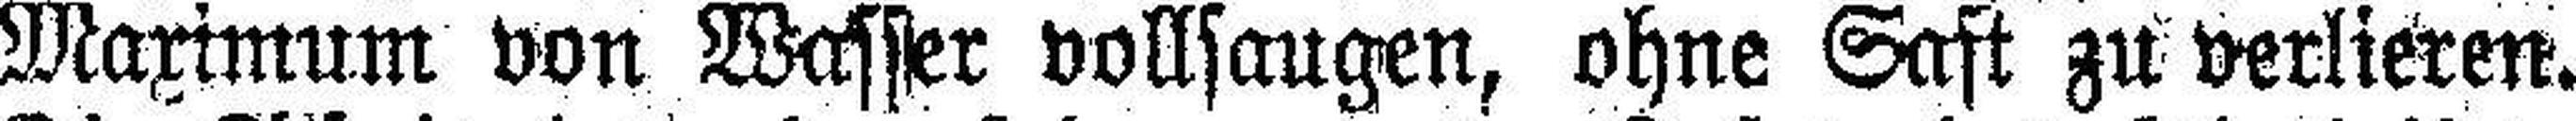
Maximum von Wasser vollsaugen, ohne Saft zu verlieren.